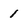
Character: 1